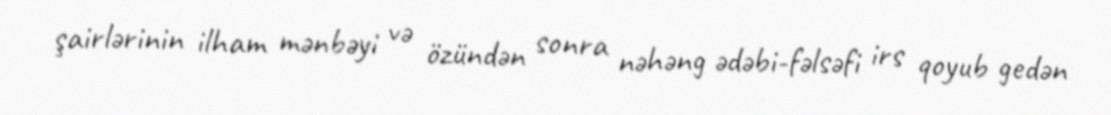
şairlərinin ilham mənbəyi və özündən sonra nəhəng ədəbi-fəlsəfi irs qoyub gedən